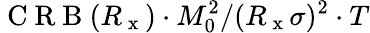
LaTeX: \mathrm{~C~R~B~}(R_{\mathrm{~x~}})\cdot M_{0}^{2}/(R_{\mathrm{~x~}}\sigma)^{2}\cdot T